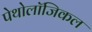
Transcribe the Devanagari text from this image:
पेथोलॉजिकल